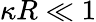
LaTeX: \kappa R\ll 1